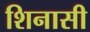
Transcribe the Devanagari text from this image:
शिनासी